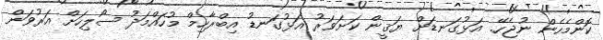
ކޮންމެހެން ނުޖެހޭ. އަޅުގަނޑަށް ޔަޤީން ކަށަވަރު އަޅުގަނޑު އިބްރާހިމް މުހައްމަދު ސޯލިހަށް އަރުވަން